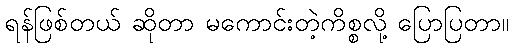
ရန်ဖြစ်တယ် ဆိုတာ မကောင်းတဲ့ကိစ္စလို့ ပြောပြတာ။